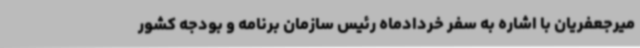
میرجعفریان با اشاره به سفر خردادماه رئیس سازمان برنامه و بودجه کشور